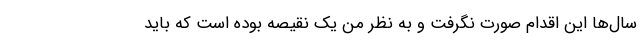
سال‌ها این اقدام صورت نگرفت و به نظر من یک نقیصه بوده است که باید